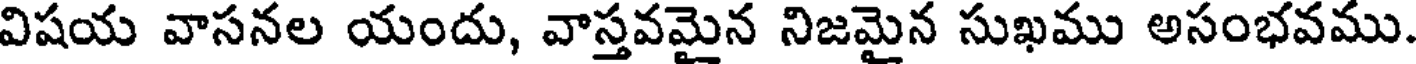
విషయ వాసనల యందు, వాస్తవమైన నిజమైన సుఖము అసంభవము.